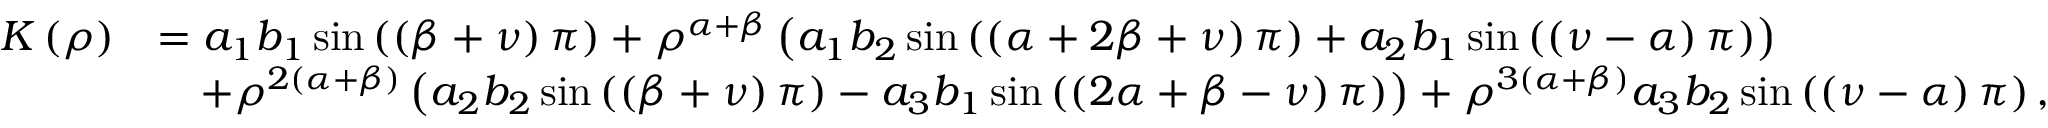
\begin{array} { r l } { K \left( \rho \right) } & { = a _ { 1 } b _ { 1 } \sin \left( \left( \beta + \nu \right) \pi \right) + \rho ^ { \alpha + \beta } \left( a _ { 1 } b _ { 2 } \sin \left( \left( \alpha + 2 \beta + \nu \right) \pi \right) + a _ { 2 } b _ { 1 } \sin \left( \left( \nu - \alpha \right) \pi \right) \right) } \\ & { \quad + \rho ^ { 2 \left( \alpha + \beta \right) } \left( a _ { 2 } b _ { 2 } \sin \left( \left( \beta + \nu \right) \pi \right) - a _ { 3 } b _ { 1 } \sin \left( \left( 2 \alpha + \beta - \nu \right) \pi \right) \right) + \rho ^ { 3 \left( \alpha + \beta \right) } a _ { 3 } b _ { 2 } \sin \left( \left( \nu - \alpha \right) \pi \right) , } \end{array}